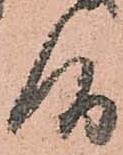
候